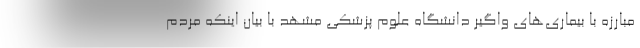
مبارزه با بیماری‌های واگیر دانشگاه علوم پزشکی مشهد با بیان اینکه مردم